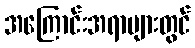
အကြောင်းအရာများတွင်